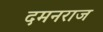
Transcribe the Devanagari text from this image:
दमनराज